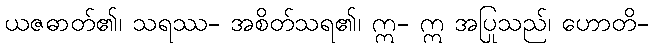
ယဇဓာတ်၏၊ သရဿ- အစိတ်သရ၏၊ ဣ- ဣ အပြုသည်၊ ဟောတိ-